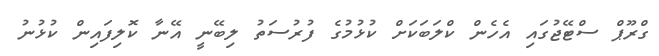
ގްރޫޕް ސްޓޭޖުގައި އެހެން ކްލަބަކަށް ކުޅުމުގެ ފުރުސަތު ލިބޭނީ އޭނާ ކޮލިފައިން ކުޅުނު